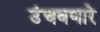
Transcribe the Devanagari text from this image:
उंचवणारे